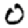
Digit: 0